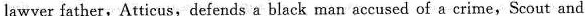
lawyer father,AttIcus,defends a black man accused of a crime,Scout and